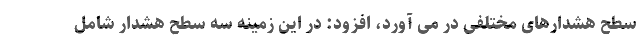
سطح هشدارهای مختلفی در می آورد، افزود: در این زمینه سه سطح هشدار شامل